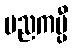
ပညကပ္ပီ